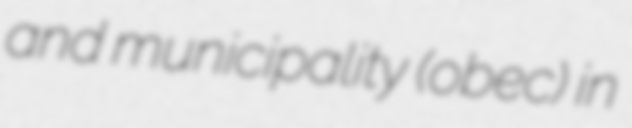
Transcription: and municipality (obec) in